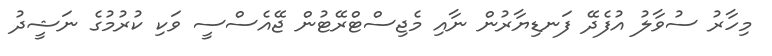
މިިހާރު ސުވާލު އުފެދޭ ފަނޑިޔާރުން ނާއި މެޖިސްޓްރޭޓުން ޖޭއެސްސީ ވަކި ކުރުމުގެ ނަޝީދު